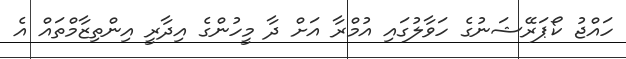
ހައްޖު ކޯޕަރޭޝަނުގެ ހަވާލުގައި އުމްރާ އަަށް ދާ މީހުންގެ އިދާރީ އިންތިޒާމްތައް އެ